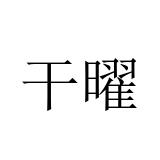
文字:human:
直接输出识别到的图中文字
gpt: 干曜